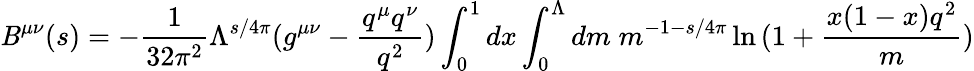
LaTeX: \mathit{B}^{\mu\nu}(s)=-\frac{{1}}{{32\pi^{2}}}\Lambda^{s/4\pi}(g^{\mu\nu}-\frac{{q^{\mu}q^{\nu}}}{{q^{2}}})\int_{0}^{1}dx\int_{0}^{\Lambda}dm\; m^{-1-s/4\pi}\ln{(1+\frac{{x(1-x)q^{2}}}{{m}})}